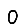
Digit: 0